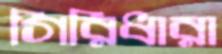
গিরিধারা